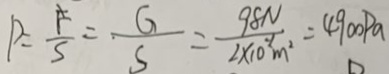
p = \frac { F } { S } = \frac { G } { S } = \frac { 9 8 N } { 2 \times 1 0 ^ { - 2 } m ^ { 2 } } = 4 9 0 0 P a